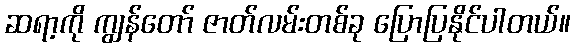
ဆရာ့ကို ကျွန်တော် ဇာတ်လမ်းတစ်ခု ပြောပြနိုင်ပါတယ်။